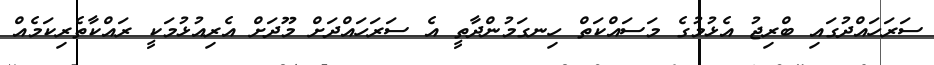
ސަރަހައްދުގައި ބްރިޖު އެޅުމުގެ މަަސައްކަތް ހިނގަމުންދާތީ އެ ސަރަހައްދަށް މޫދަށް އެރިއުޅުމަކީ ރައްކާތެރިކަމެއް